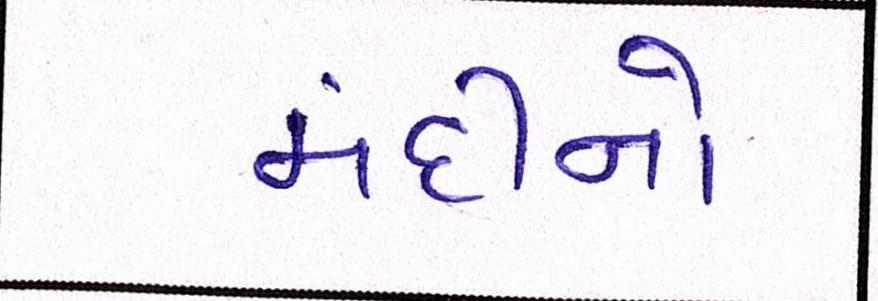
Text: મંદીનો